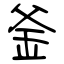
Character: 釜